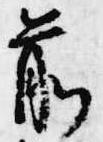
前